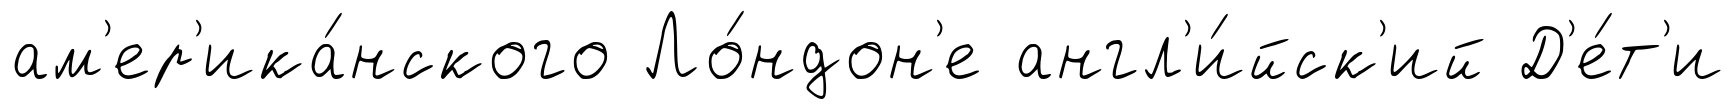
ам'ер'ика́нского Ло́ндон'е англ'и́йск'ий Д'е́т'и